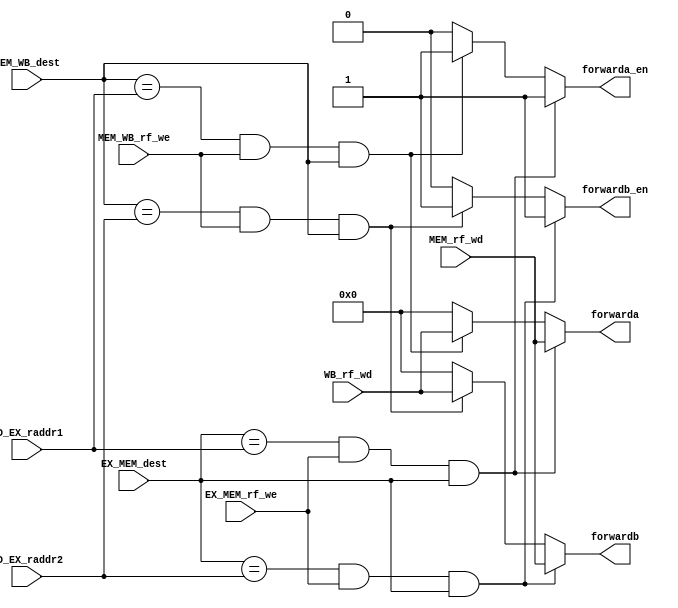
`timescale 1ns / 1ps
//////////////////////////////////////////////////////////////////////////////////
// Company: 
// Engineer: 
// 
// Design Name: 
// Module Name: Forward
// Project Name: 
// Target Devices: 
// Tool Versions: 
// Description: 
// 
// Dependencies: 
// 
// Revision:
// Revision 0.01 - File Created
// Additional Comments:
// 
//////////////////////////////////////////////////////////////////////////////////


module Forward(
    input           [ 0: 0]         EX_MEM_rf_we,
    input           [ 0: 0]         MEM_WB_rf_we,
    input           [ 4: 0]         EX_MEM_dest,
    input           [ 4: 0]         MEM_WB_dest,
    input           [ 4: 0]         ID_EX_raddr1,
    input           [ 4: 0]         ID_EX_raddr2,
    input           [31: 0]         MEM_rf_wd,
    input           [31: 0]         WB_rf_wd,

    output  reg     [ 0: 0]         forwarda_en,
    output  reg     [ 0: 0]         forwardb_en,
    output  reg     [31: 0]         forwarda,
    output  reg     [31: 0]         forwardb
    //output  reg     [ 1: 0]         forward1_sel,
    //output  reg     [ 1: 0]         forward2_sel
);
    always @(*) begin
        if(EX_MEM_dest == ID_EX_raddr1 && EX_MEM_rf_we && EX_MEM_dest) begin
            //forward1_sel = 2'b01;
            forwarda_en = 1;
            forwarda = MEM_rf_wd;
        end
        else if(MEM_WB_dest == ID_EX_raddr1 && MEM_WB_rf_we && MEM_WB_dest) begin
            //forward1_sel = 2'b10;
            forwarda_en = 1;
            forwarda = WB_rf_wd;
        end
        else begin
            //forward1_sel = 2'b00;
            forwarda_en = 0;
            forwarda    = 0;
        end
    end

    always @(*) begin
        if(EX_MEM_dest == ID_EX_raddr2 && EX_MEM_rf_we && EX_MEM_dest) begin
            //forward2_sel = 2'b01;
            forwardb_en = 1;
            forwardb = MEM_rf_wd;
        end
        else if(MEM_WB_dest == ID_EX_raddr2 && MEM_WB_rf_we && MEM_WB_dest) begin
            //forward2_sel = 2'b10;
            forwardb_en = 1;
            forwardb = WB_rf_wd;
        end
        else begin
            //forward2_sel = 2'b00;
            forwardb_en = 0;
            forwardb    = 0;
        end
    end

endmodule